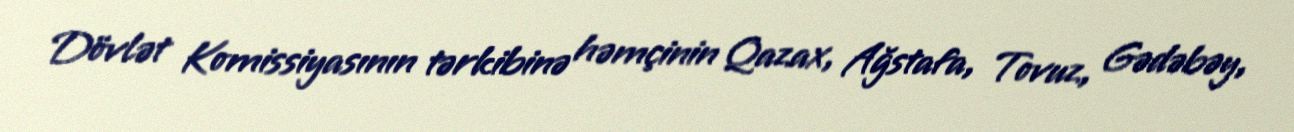
Dövlət Komissiyasının tərkibinə həmçinin Qazax, Ağstafa, Tovuz, Gədəbəy,